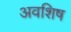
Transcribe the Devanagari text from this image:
अवशिष